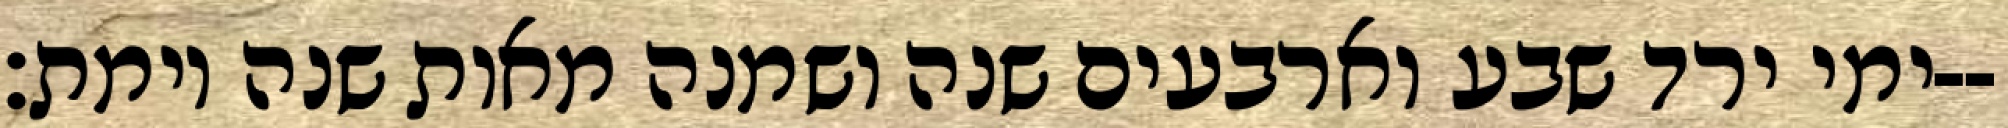
ימי ירד שבע וארבעים שנה ושמנה מאות שנה וימת׃--